Civil Veterinary Dept. Bombay admin report 1907-1913 - 1907-1913
Year: 1907
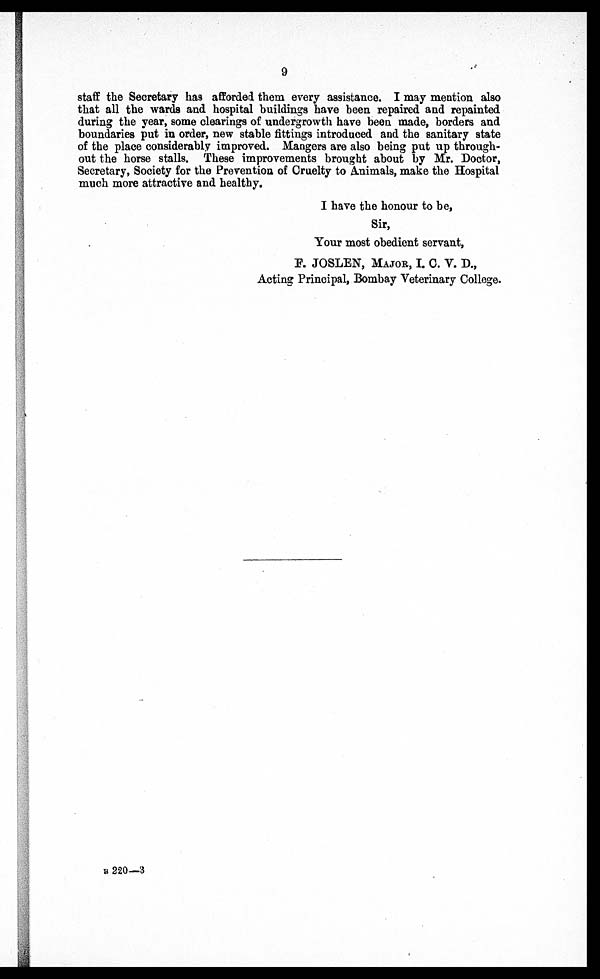
9
staff the Secretary has afforded them every assistance. I may mention also
that all the wards and hospital buildings have been repaired and repainted
during the year, some clearings of undergrowth have been made, borders and
boundaries put in order, new stable fittings introduced and the sanitary state
of the place considerably improved. Mangers are also being put up through-
out the horse stalls. These improvements brought about by Mr. Doctor,
Secretary, Society for the Prevention of Cruelty to Animals, make the Hospital
much more attractive and healthy.
I have the honour to be,
Sir,
Your most obedient servant,
F. JOSLEN, MAJOR, I. C. V. D.,
Acting Principal, Bombay Veterinary College.
B 220—3